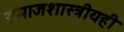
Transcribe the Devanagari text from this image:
समाजशास्त्रीयही